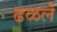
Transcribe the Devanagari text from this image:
ढळले